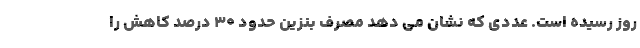
روز رسیده است. عددی که نشان می دهد مصرف بنزین حدود ۳۰ درصد کاهش را